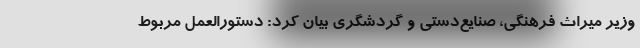
وزیر میراث فرهنگی، صنایع‌دستی و گردشگری بیان کرد: دستورالعمل مربوط